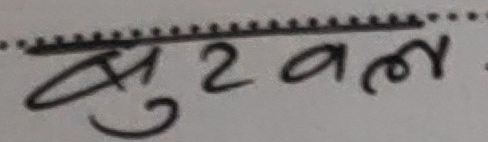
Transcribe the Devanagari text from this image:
सुरवल